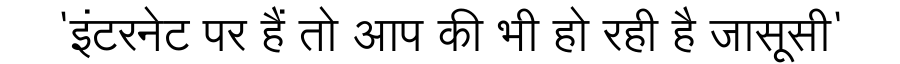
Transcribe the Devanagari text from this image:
'इंटरनेट पर हैं तो आप की भी हो रही है जासूसी'